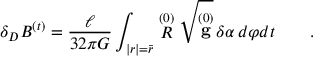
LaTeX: \delta _ { D } { \cal B } ^ { ( t ) } = \frac \ell { 3 2 \pi G } \int _ { | r | = \bar { r } } \stackrel { ( 0 ) } { \cal R } \sqrt { \stackrel { ( 0 ) } { \bf g } } \, \delta \alpha \, d \varphi d t \qquad .